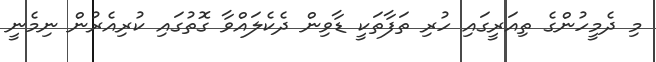
މި ދެމީހުންގެ ތިއަރީގައި ހުރި ތަފާތަކީ ޑާވިން ދެކެލައްވާ ގޮތުގައި ކުރިއެރުން ނިމެނީ